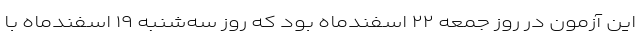
این آزمون در روز جمعه ۲۲ اسفندماه بود که روز سه‌شنبه ۱۹ اسفندماه با